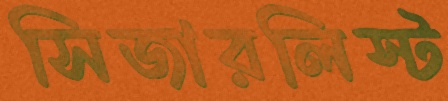
সিজারলিস্ট